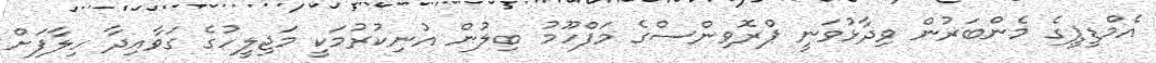
އެމްޑީޕީގެ މެންބަރުން ވިދާޅުވަނީ ޕްރޮވިންސްގެ މަފްހޫމު ބިލުން އުނިކުރުމަކީ މަޖިލީހުގެ ގަވާއިދާ ހިލާފަށް